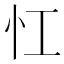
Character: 𢖷